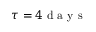
\tau = 4 \mathrm { ~ d ~ a ~ y ~ s ~ }